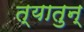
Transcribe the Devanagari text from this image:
त्यातुन्